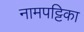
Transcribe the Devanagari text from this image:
नामपट्टिका